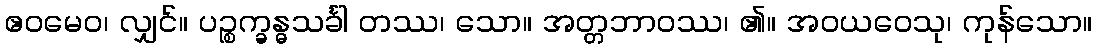
ဧဝမေဝ၊ လျှင်။ ပဉ္စက္ခန္ဓသင်္ခါ တဿ၊ သော။ အတ္တဘာဝဿ၊ ၏။ အဝယဝေသု၊ ကုန်သော။